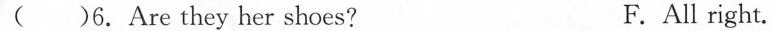
( )6. Are they her shoes? F.All right.